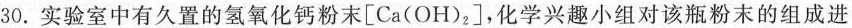
30.实验室中有久置的氢氧化钙粉末\left [Ca(OH)_{2}\right ]，化学兴趣小组对该瓶粉末的组成进